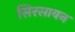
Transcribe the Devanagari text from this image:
सिरसावन